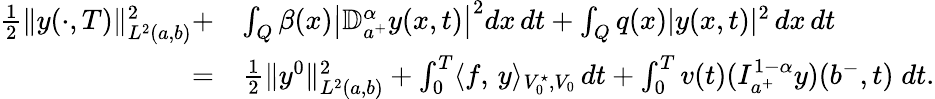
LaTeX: \begin{array}{rl}{\frac 12\| y(\cdot,T)\| _{L^{2}(a,b)}^{2}+}&{\int_{Q}\beta(x)\left|\mathbb{D}_{a^{+}}^{\alpha}y(x,t)\right|^{2}dx\, dt+\int_{Q}q(x)|y(x,t)|^{2}\, dx\, dt}\\ {=}&{\frac 12\| y^{0}\| _{L^{2}(a,b)}^{2}+\int_{0}^{T}\langle f,\, y\rangle_{V_{0}^{\star},V_{0}}\, dt+\int_{0}^{T}v(t)(I_{a^{+}}^{1-\alpha}y)(b^{-},t)\; dt.}\end{array}